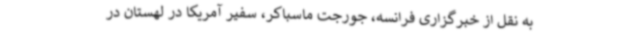
به نقل از خبرگزاری فرانسه، جورجت ماسباکر، سفیر آمریکا در لهستان در